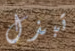
تبذل